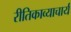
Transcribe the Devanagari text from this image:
रीतिकाव्याचार्य